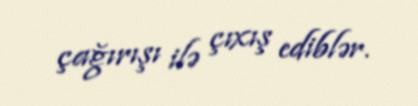
çağırışı ilə çıxış ediblər.